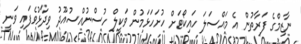
ނާޒިމްގެ ފަރާތުން އެ މައްސަލަ ހައިކޯޓަށް ހުށަހަޅަމުން ވަކީލް ހުސްނުއްސުއޫދު ވިދާޅުވެފައި ވަނީ